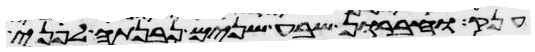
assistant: ענק וחברון שבע שנים נבנתה לפני